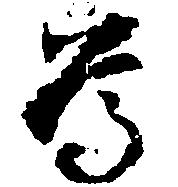
為